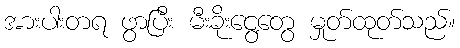
အားပါးတရ ဖွာပြီး မီးခိုးငွေ့တွေ မှုတ်ထုတ်သည်။